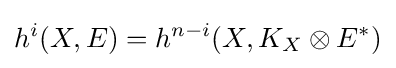
h^{i}(X,E)=h^{n-i}(X,K_{X}\otimes E^{\ast })